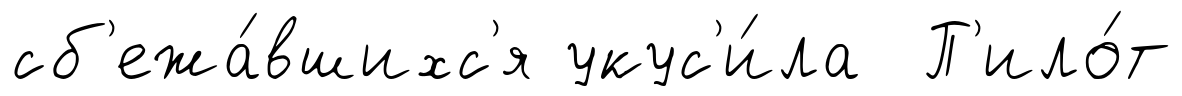
сб'ежа́вшихс'я укус'и́ла П'ило́т